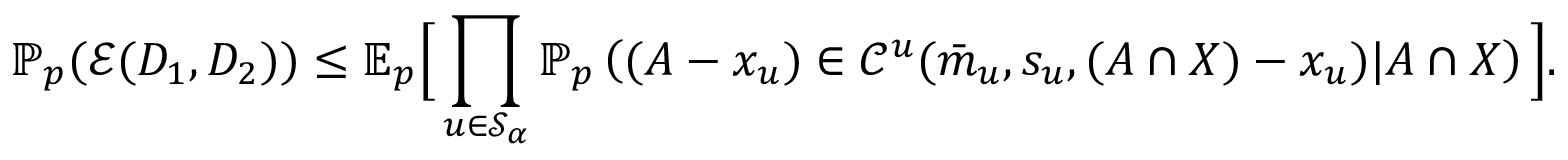
{ \ensuremath { \mathbb P } } _ { p } ( \ensuremath { \mathcal E } ( D _ { 1 } , D _ { 2 } ) ) \le { \ensuremath { \mathbb E } } _ { p } \Big [ \prod _ { u \in \ensuremath { \mathcal S } _ { \alpha } } { \ensuremath { \mathbb P } } _ { p } \left( ( A - x _ { u } ) \in \ensuremath { \mathcal C } ^ { u } ( \bar { m } _ { u } , s _ { u } , ( A \cap X ) - x _ { u } ) | A \cap X \right) \Big ] .